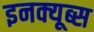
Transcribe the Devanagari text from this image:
इनक्यूब्स